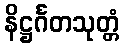
နိဋ္ဌင်္ဂတသုတ္တံ